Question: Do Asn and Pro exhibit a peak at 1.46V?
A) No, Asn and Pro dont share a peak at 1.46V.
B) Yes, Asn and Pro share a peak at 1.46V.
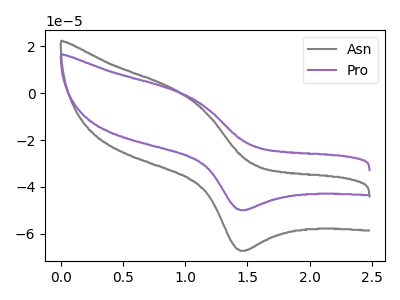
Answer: <think>The gray curve "Asn" has an anodic peak at (0.90V, 1.50uA) and a cathodic peak at (1.45V, -67.35uA). The purple curve "Pro" has an anodic peak at (0.90V, 1.10uA) and a cathodic peak at (1.45V, -49.95uA).</think>
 <answer>B) Yes, "Asn" and "Pro" share a peak at 1.46V.</answer>
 <eval>B</eval>